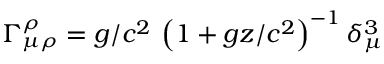
\Gamma _ { \mu \rho } ^ { \rho } = g / c ^ { 2 } \, \left( 1 + g z / c ^ { 2 } \right) ^ { - 1 } \delta _ { \mu } ^ { 3 }